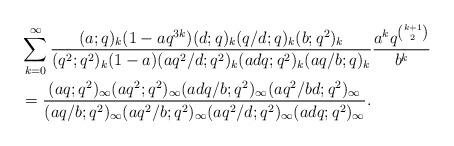
LaTeX: \begin{align*}&\sum_{k=0}^\infty\frac{(a;q)_k (1-aq^{3k})(d;q)_k(q/d;q)_k(b;q^2)_k}{(q^2;q^2)_k (1-a)(aq^2/d;q^2)_k (adq;q^2)_k (aq/b;q)_k}\frac{a^k q^{k+1\choose 2}}{b^k}\\ &=\frac{(aq;q^2)_\infty (aq^2;q^2)_\infty (adq/b;q^2)_\infty (aq^2/bd;q^2)_\infty}{(aq/b;q^2)_\infty (aq^2/b;q^2)_\infty (aq^2/d;q^2)_\infty (adq;q^2)_\infty}.\end{align*}